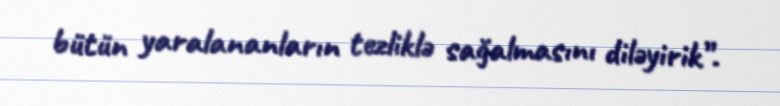
bütün yaralananların tezliklə sağalmasını diləyirik”.